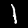
Digit: 1